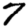
Digit: 7